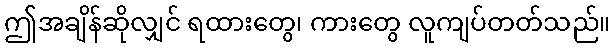
ဤအချိန်ဆိုလျှင် ရထားတွေ၊ ကားတွေ လူကျပ်တတ်သည်။